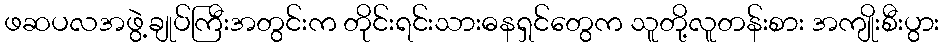
ဖဆပလအဖွဲ့ချုပ်ကြီးအတွင်းက တိုင်းရင်းသားဓနရှင်တွေက သူတို့လူတန်းစား အကျိုးစီးပွား